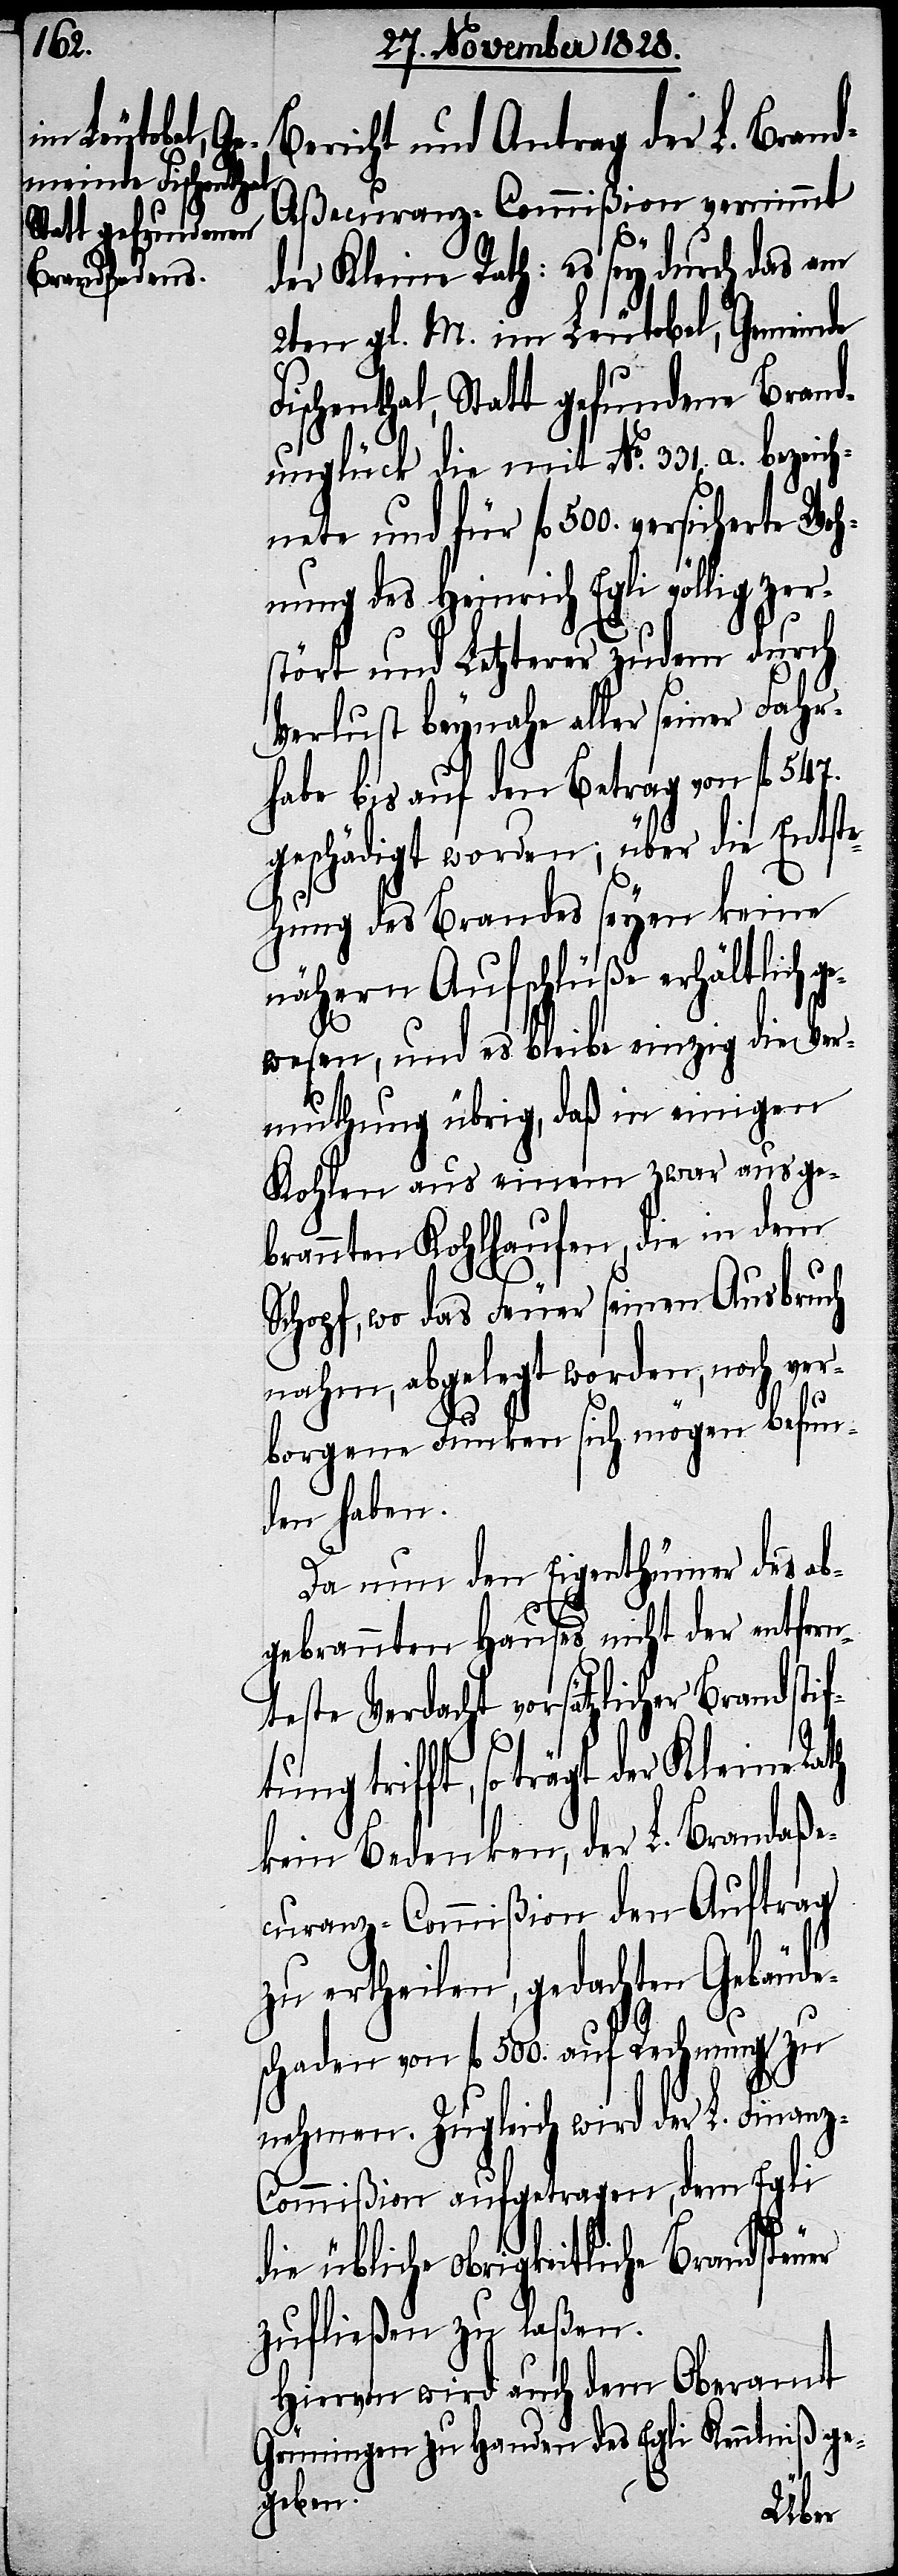
Bericht und Antrag der L. Bran¬
d-Aßecuranz-Commißion vernimmt
der Kleine Rath: es sey durch das am
2ten gl. M. im Leutobel, Gemeinde
ischenthal, Statt gefundene Brand¬
unglück die mit No. 331. a. bezeic¬
hnete und für fl. 500. versicherte Woh¬
nung des Heinrich Egli völlig zer¬
stört und Letzterer zudem durch
Verlust beynahe aller seiner Fahr¬
habe bis auf den Betrag von fl. 547.
geschädigt worden; über die Entst¬
ehung des Brandes seyen keine
nähern Aufschlüße erhältlich
wesen, und es bleibe einzig die Ver¬
muthung übrig, daß in einigen
Kohlen aus einem zwar ausge¬
brannten Kohlhaufe, die in dem
Schopf, wo das Feuer seinen Ausbruch
nahm, abgelegt worden, noch ver¬
borgene Funken sich mögen befun¬
den haben.
Da nun den Eigenthümer des ab¬
gebrannten Hauses nicht der entfern¬
teste Verdacht vorsätzlicher Brandstif¬
tung trifft, so trägt der Kleine
kein Bedenken, der L. Brandaße¬
curanz-Commißion den Auftrag
zu ertheilen, gedachte Gebäude¬
schaden von fl. 500. auf Rechnung zu
F¬
nehmen. Zugleich wird der L. Finanz-C¬
ommißion aufgetragen, dem Egli
die übliche obrigkeitliche Brandsteuer
zufließen zu laßen.
Hiervon wird auch dem Oberamt
Grüningen zu Handen des Egli Kenntniß ge¬
geben.
ge¬